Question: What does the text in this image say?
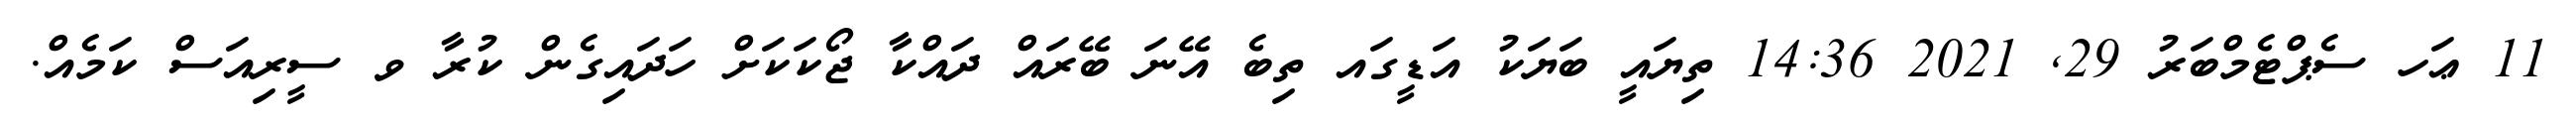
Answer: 11 ޢަހ ސެޕްޓެމްބަރު 29, 2021 14:36 ތިޔައީ ބަޔަކު އަޑީގައ ތިބެ އޭނަ ބޭރައް ދައްކާ ޖޯކަކަށް ހަދައިގެން ކުރާ ވ ސީރިއަސް ކަމެއް.